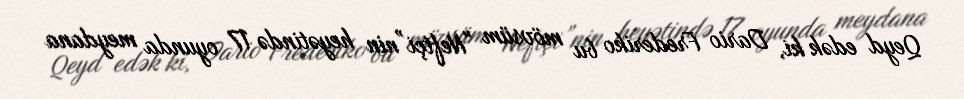
Qeyd edək ki, Dario Frederiko bu mövsüm "Neftçi”nin heyətində 17 oyunda meydana